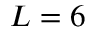
L = 6